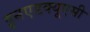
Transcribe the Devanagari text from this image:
इनएडक्यूएसी